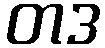
တဒ